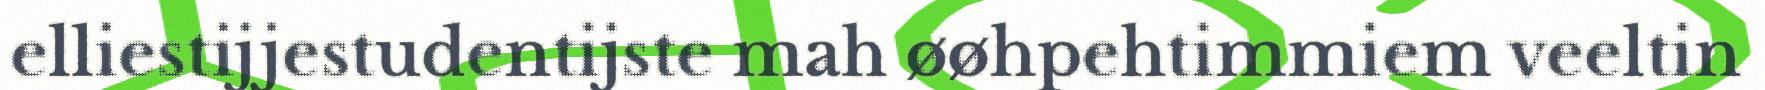
elliestijjestudentijste mah øøhpehtimmiem veeltin